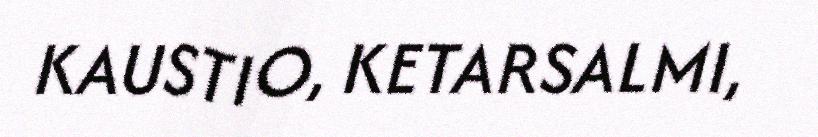
KAUSTIO, KETARSALMI,